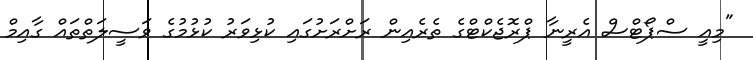
"މިއީ ސްޕޯޓްސް އެރީނާ ޕްރޮޖެކްޓްގެ ތެރެއިން ރަށްރަށުގައި ކުޅިވަރު ކުޅުމުގެ ވަސީލަތްތައް ގާއިމް